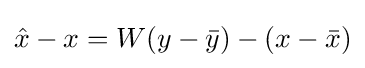
{\hat {x}}-x=W(y-{\bar {y}})-(x-{\bar {x}})